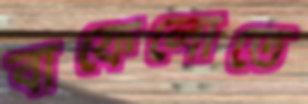
বাফেলোতে